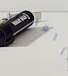
العزوبية